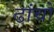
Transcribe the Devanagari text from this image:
ढांचो